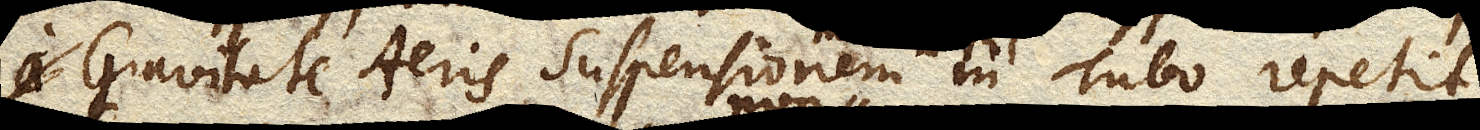
Gravitate Aeris suspensionem in Tubo repetit.